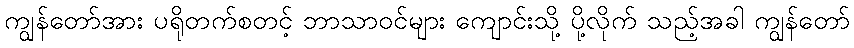
ကျွန်တော်အား ပရိုတက်စတင့် ဘာသာဝင်များ ကျောင်းသို့ ပို့လိုက် သည့်အခါ ကျွန်တော်